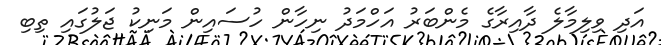
އަދި ވިލިމާލެ ދާއިރާގެ މެންބަރު އަހްމަދު ނިހާން ހުސައިން މަނިކު ޖަލުގައި ތިބި